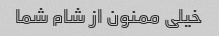
خیلی ممنون از شام شما